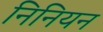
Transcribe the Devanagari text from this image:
निनियन